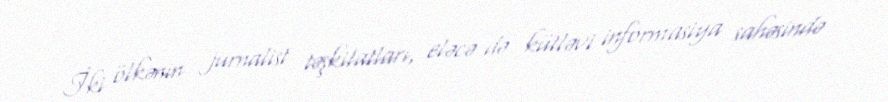
İki ölkənin jurnalist təşkilatları, eləcə də kütləvi informasiya sahəsində